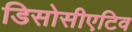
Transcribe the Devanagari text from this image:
डिसोसीएटिव